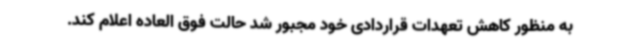
به منظور کاهش تعهدات قراردادی خود مجبور شد حالت فوق العاده اعلام کند.